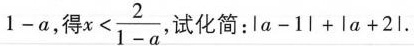
$$1 - a$$，得$$x < \frac { 2 } { 1 - a }$$，试化简：$$l a - 1 l + l a + 2 l$$.